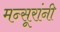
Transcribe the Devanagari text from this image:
मन्सूरांनी